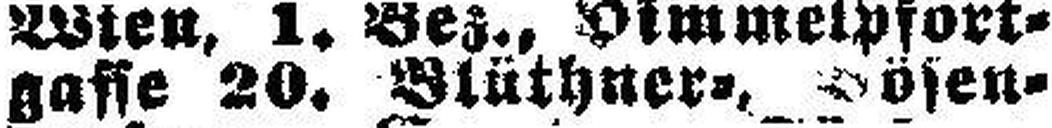
gasse 20. Bluthner=, Bösen¬